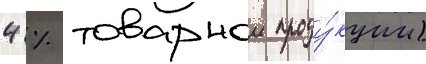
4 % товарнои проду́кции)